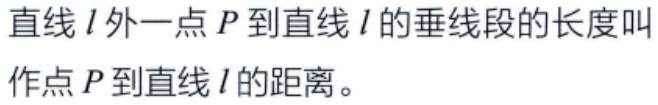
直线\(l\)外一点\(P\)到直线\(l\)的垂线段的长度叫作点\(P\)到直线\(l\)的距离。